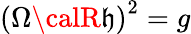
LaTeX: \left(\Omega{\calR}\mathfrak{h}\right)^{2}=g